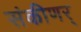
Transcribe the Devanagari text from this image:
संकीणर्